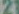
21